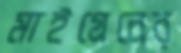
মাইগ্রেনের